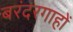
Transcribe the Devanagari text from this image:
बरंदरगाहों